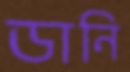
ডানি